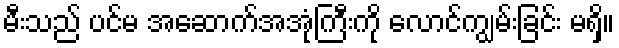
မီးသည် ပင်မ အဆောက်အအုံကြီးကို လောင်ကျွမ်းခြင်း မရှိ။